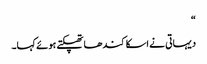
“
دیہاتی نے اسکا کندھا تھپکتے ہوئے کہا۔